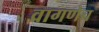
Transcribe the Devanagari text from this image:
वागणेच